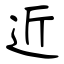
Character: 近